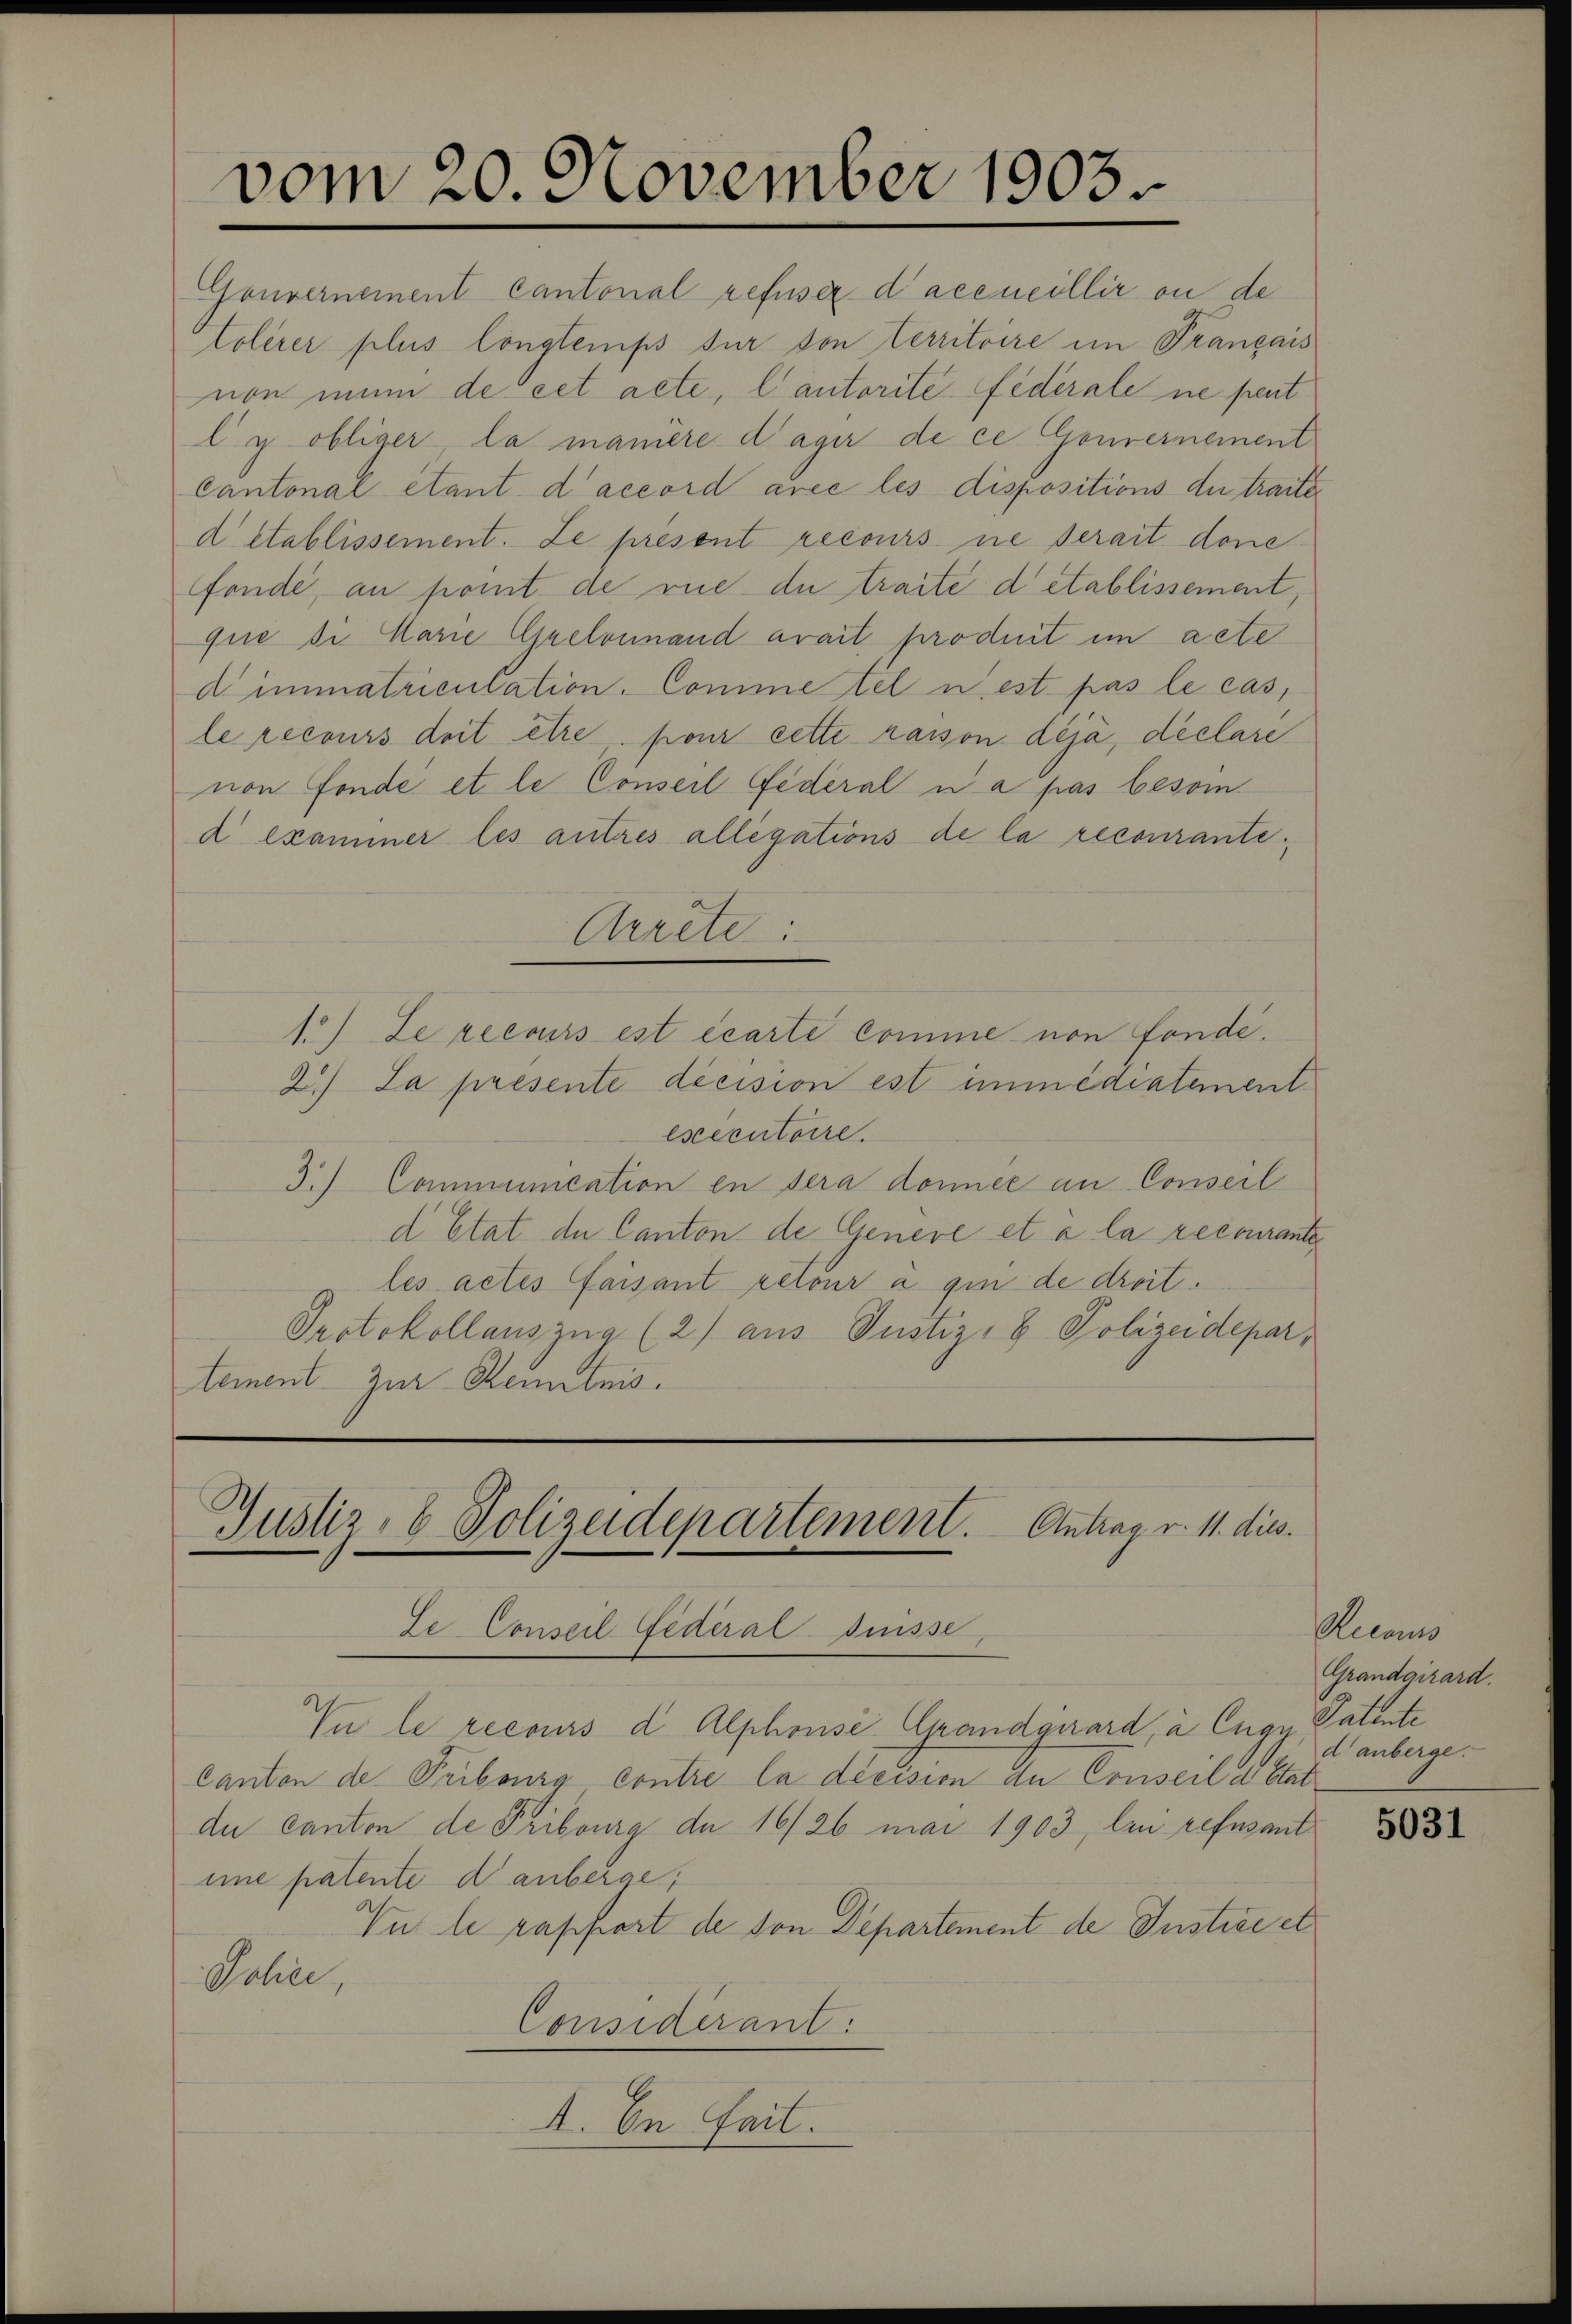
vom 20. November 1903

Justiz- & Polizeidepartement. Antrag v. 11. dies
Ze Conseil Federal-Suisse,

Gouvernement Cantonal refuser d’accueillir ou de
tolerer plus longtemps für von territoire im Trançais
non nun de cet acte, lautorité fédérale ne peut
ly obliger, la manière dager de ce Gouvernement
Cantonal etant d accord avec les dispositions du traite
d établissement. Le présent recours ne serait done
fonde, an pomit de rue du traite detablissement,
que die Marie Greloinand arait produit im acte
d immatriculation. Comme tel u. est pas le cas,
le recours doit être pour cette raison déjà, déclare
non fonde et le Conseil Federal u a pas beson
d exammer les autres allegations de la recourante
Arrete:
1.) Le recours est écarte Comme von fonde¬
2) La presente decision est immédiatement
esecutoire.
3.) Communication in sera donnée an Conseil
d Etat de Canton de Genere et à la recourante
les actes faisant retour a gin de droit.
Protokollauszug (2.) aus Justiz- & Polizeidepar
tement zur Kenntnis.

In le recours d. Alphonse Grandgirard, à Engy Patente
Canton de Pribourg contre la décision du Conseil d. Statdu Canton de Pribourg de 16/26 mai 1903, den refusant
iine patente di anberge,
In le rapport de von Departement de Instice et
Jolice,
Considérant.
I. In fait.

Recanus
Grandgirard.
d anberge.

5031